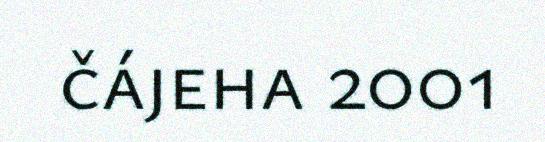
čájeha 2001